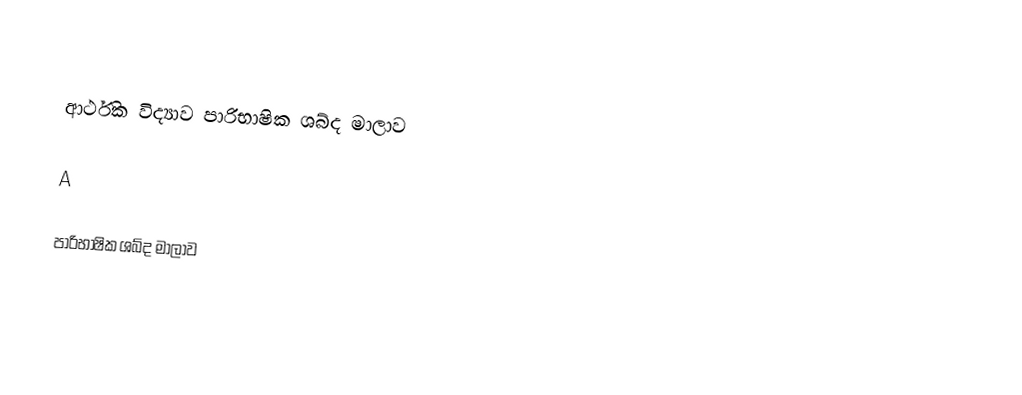

ආර්ථික විද්‍යාව පාරිභාෂික ශබ්ද මාලාව

A

පාරිභාෂික ශබ්ද මාලාව